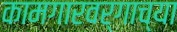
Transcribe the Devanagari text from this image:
कामगारवर्गाच्या